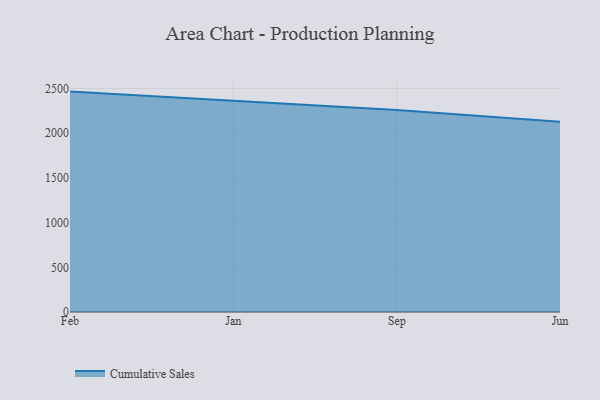
{"axis": {"x": "Month", "y": "Net Income (USD K)"}, "legend": ["Cumulative Sales"], "data": [{"x": "Feb", "y": 2465.3, "type": "Cumulative Sales"}, {"x": "Jan", "y": 2358.1, "type": "Cumulative Sales"}, {"x": "Sep", "y": 2258.6, "type": "Cumulative Sales"}, {"x": "Jun", "y": 2127.1, "type": "Cumulative Sales"}]}